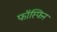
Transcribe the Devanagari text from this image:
फॉस्फिन